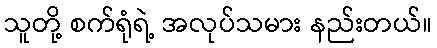
သူတို့ စက်ရုံရဲ့ အလုပ်သမား နည်းတယ်။